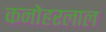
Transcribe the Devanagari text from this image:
कनोहरलाल